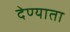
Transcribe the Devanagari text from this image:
देण्याता